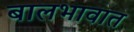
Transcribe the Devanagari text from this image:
बालभावात